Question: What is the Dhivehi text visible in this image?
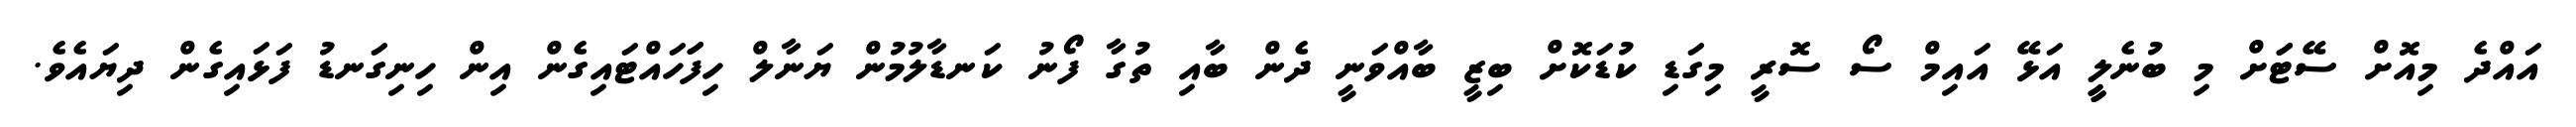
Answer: އައްދެ މިއޮށް ސޭޓަަށް މި ބުނެލީީ އަޅޭ އައިމް ސޯ ސޮރީ މިގަޑި ކުޑަކޮށް ބިޒީ ބާއްވަނީ ދެން ބާއި ތުގާ ފޯނު ކަނޑާލުމުން ޔަނާލް ހިފަަހައްޓައިގެން އިން ހިނިގަނޑު ފަޅައިގެން ދިޔައެވެ.